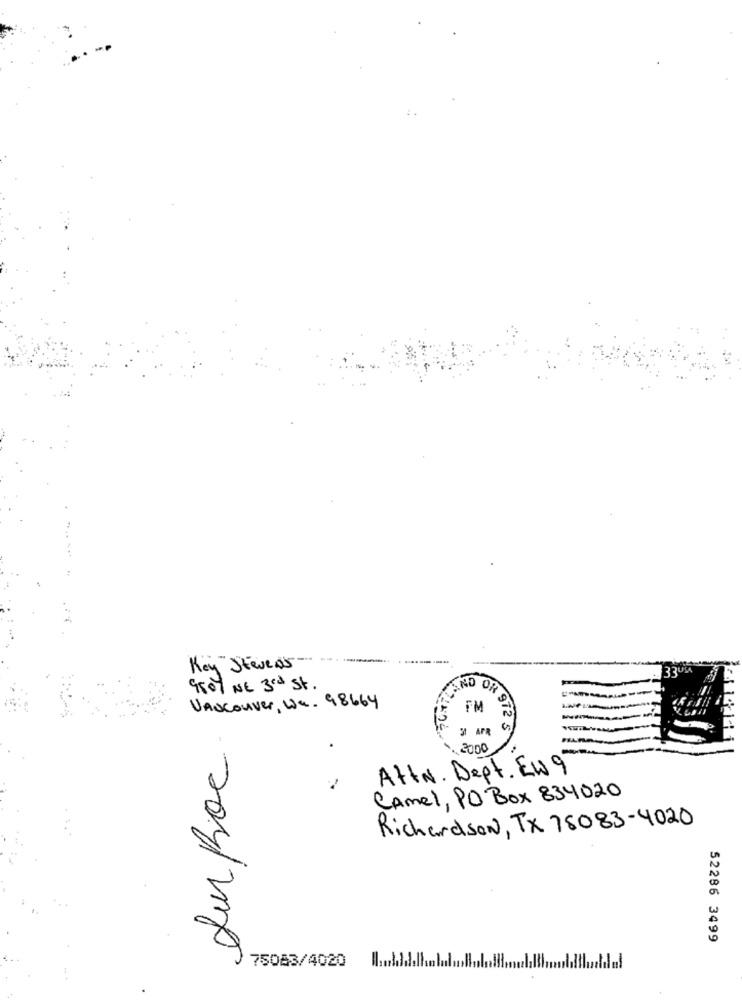
Key"Steve 05
9507 NE 3rd St.
AND ORS
Vancouver, Wa. 98664
FM
Sur Roc.
31 APR
R 372 S
2000
AttN. Dept. Ew 9
Camel, PO Box 834020
Richardson, TX 78083-4020
52286 3499
75083/4020